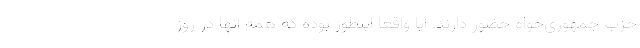
حزب جمهوری‌خواه حضور دارند. آیا واقعا اینطور بوده که همه آنها در روز